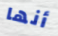
أنها